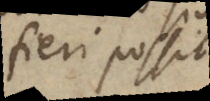
fieri posse